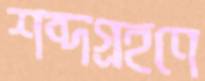
শব্দগ্রহণে